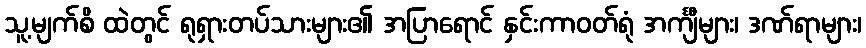
သူ့မျက်စိ ထဲတွင် ရုရှားတပ်သားများ၏ အပြာရောင် နှင်းကာဝတ်ရုံ အင်္ကျီများ၊ ဒဏ်ရာများ၊